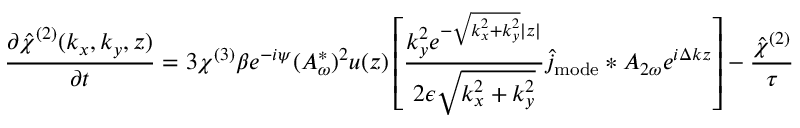
\frac { \partial \hat { { \chi } } ^ { ( 2 ) } ( k _ { x } , k _ { y } , z ) } { \partial t } = 3 \chi ^ { ( 3 ) } \beta e ^ { - i \psi } ( A _ { \omega } ^ { * } ) ^ { 2 } u ( z ) \left[ \frac { k _ { y } ^ { 2 } e ^ { - \sqrt { k _ { x } ^ { 2 } + k _ { y } ^ { 2 } } | z | } } { 2 \epsilon \sqrt { k _ { x } ^ { 2 } + k _ { y } ^ { 2 } } } \hat { j } _ { \mathrm { m o d e } } \ast A _ { 2 \omega } e ^ { i \Delta k z } \right] - \frac { \hat { { \chi } } ^ { ( 2 ) } } { \tau }